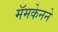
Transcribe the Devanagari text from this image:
मॅमकेनने